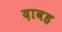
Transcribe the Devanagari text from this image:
दावह